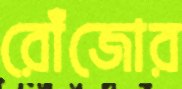
রোঁজোর